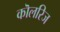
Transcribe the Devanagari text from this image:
कॊलरिज